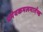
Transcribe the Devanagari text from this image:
प्रमेयकमलमार्तण्ड